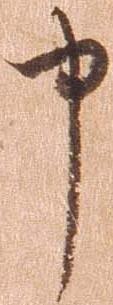
申